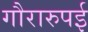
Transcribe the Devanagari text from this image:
गौरारुपई